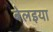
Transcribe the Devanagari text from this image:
बेलइया